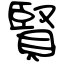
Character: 賢